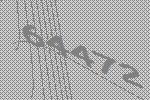
64472